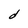
Character: d